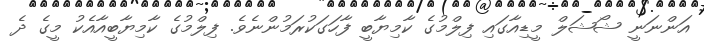
އަންނަނީ ޝޯޝަލް މީޑިއާގައި ފިލްމުގެ ކާމިޔާބީ ފާހަގަކުރަމުންނެވެ. ފިލްމުގެ ކާމިޔާބީއާއެކު މީގެ ދެ